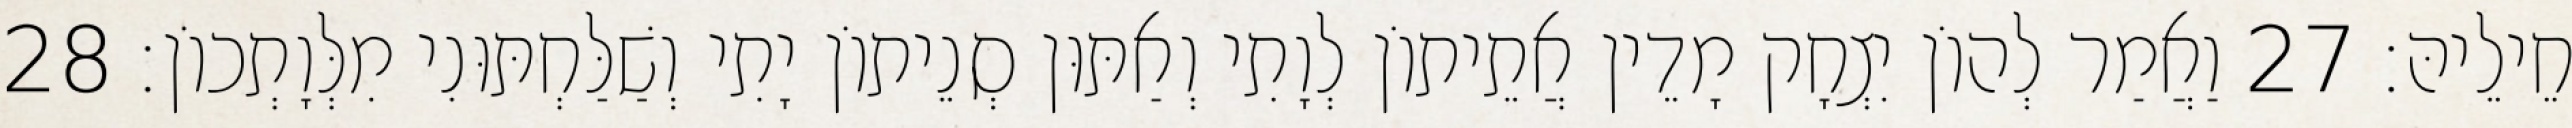
חֵילֵיהּ׃ 27 וַאֲמַר לְהוֹן יִצְחָק מָדֵין אֲתֵיתוֹן לְוָתִי וְאַתּוּן סְנֵיתוֹן יָתִי וְשַׁלַּחְתּוּנִי מִלְּוָתְכוֹן׃ 28